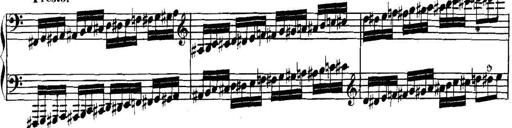
Title: Collected Piano Sonatas
Composer: Muzio Clementi